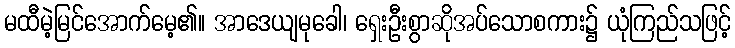
မထီမဲ့မြင်အောက်မေ့၏။ အာဒေယျမုခေါ၊ ရှေးဦးစွာဆိုအပ်သောစကား၌ ယုံကြည်သဖြင့်